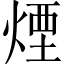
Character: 煙